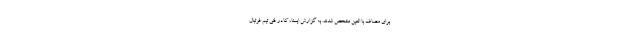
برای مصاف با العین مشخص شدند. به گزارش ایسنا، کادر فنی تیم فوتبال